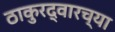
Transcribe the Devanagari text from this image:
ठाकुरद्वारच्या